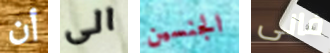
أن الى الجنسين فانى